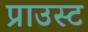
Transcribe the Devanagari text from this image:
प्राउस्ट